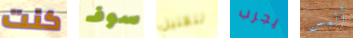
كنت سوف للقليل يجرب أليس